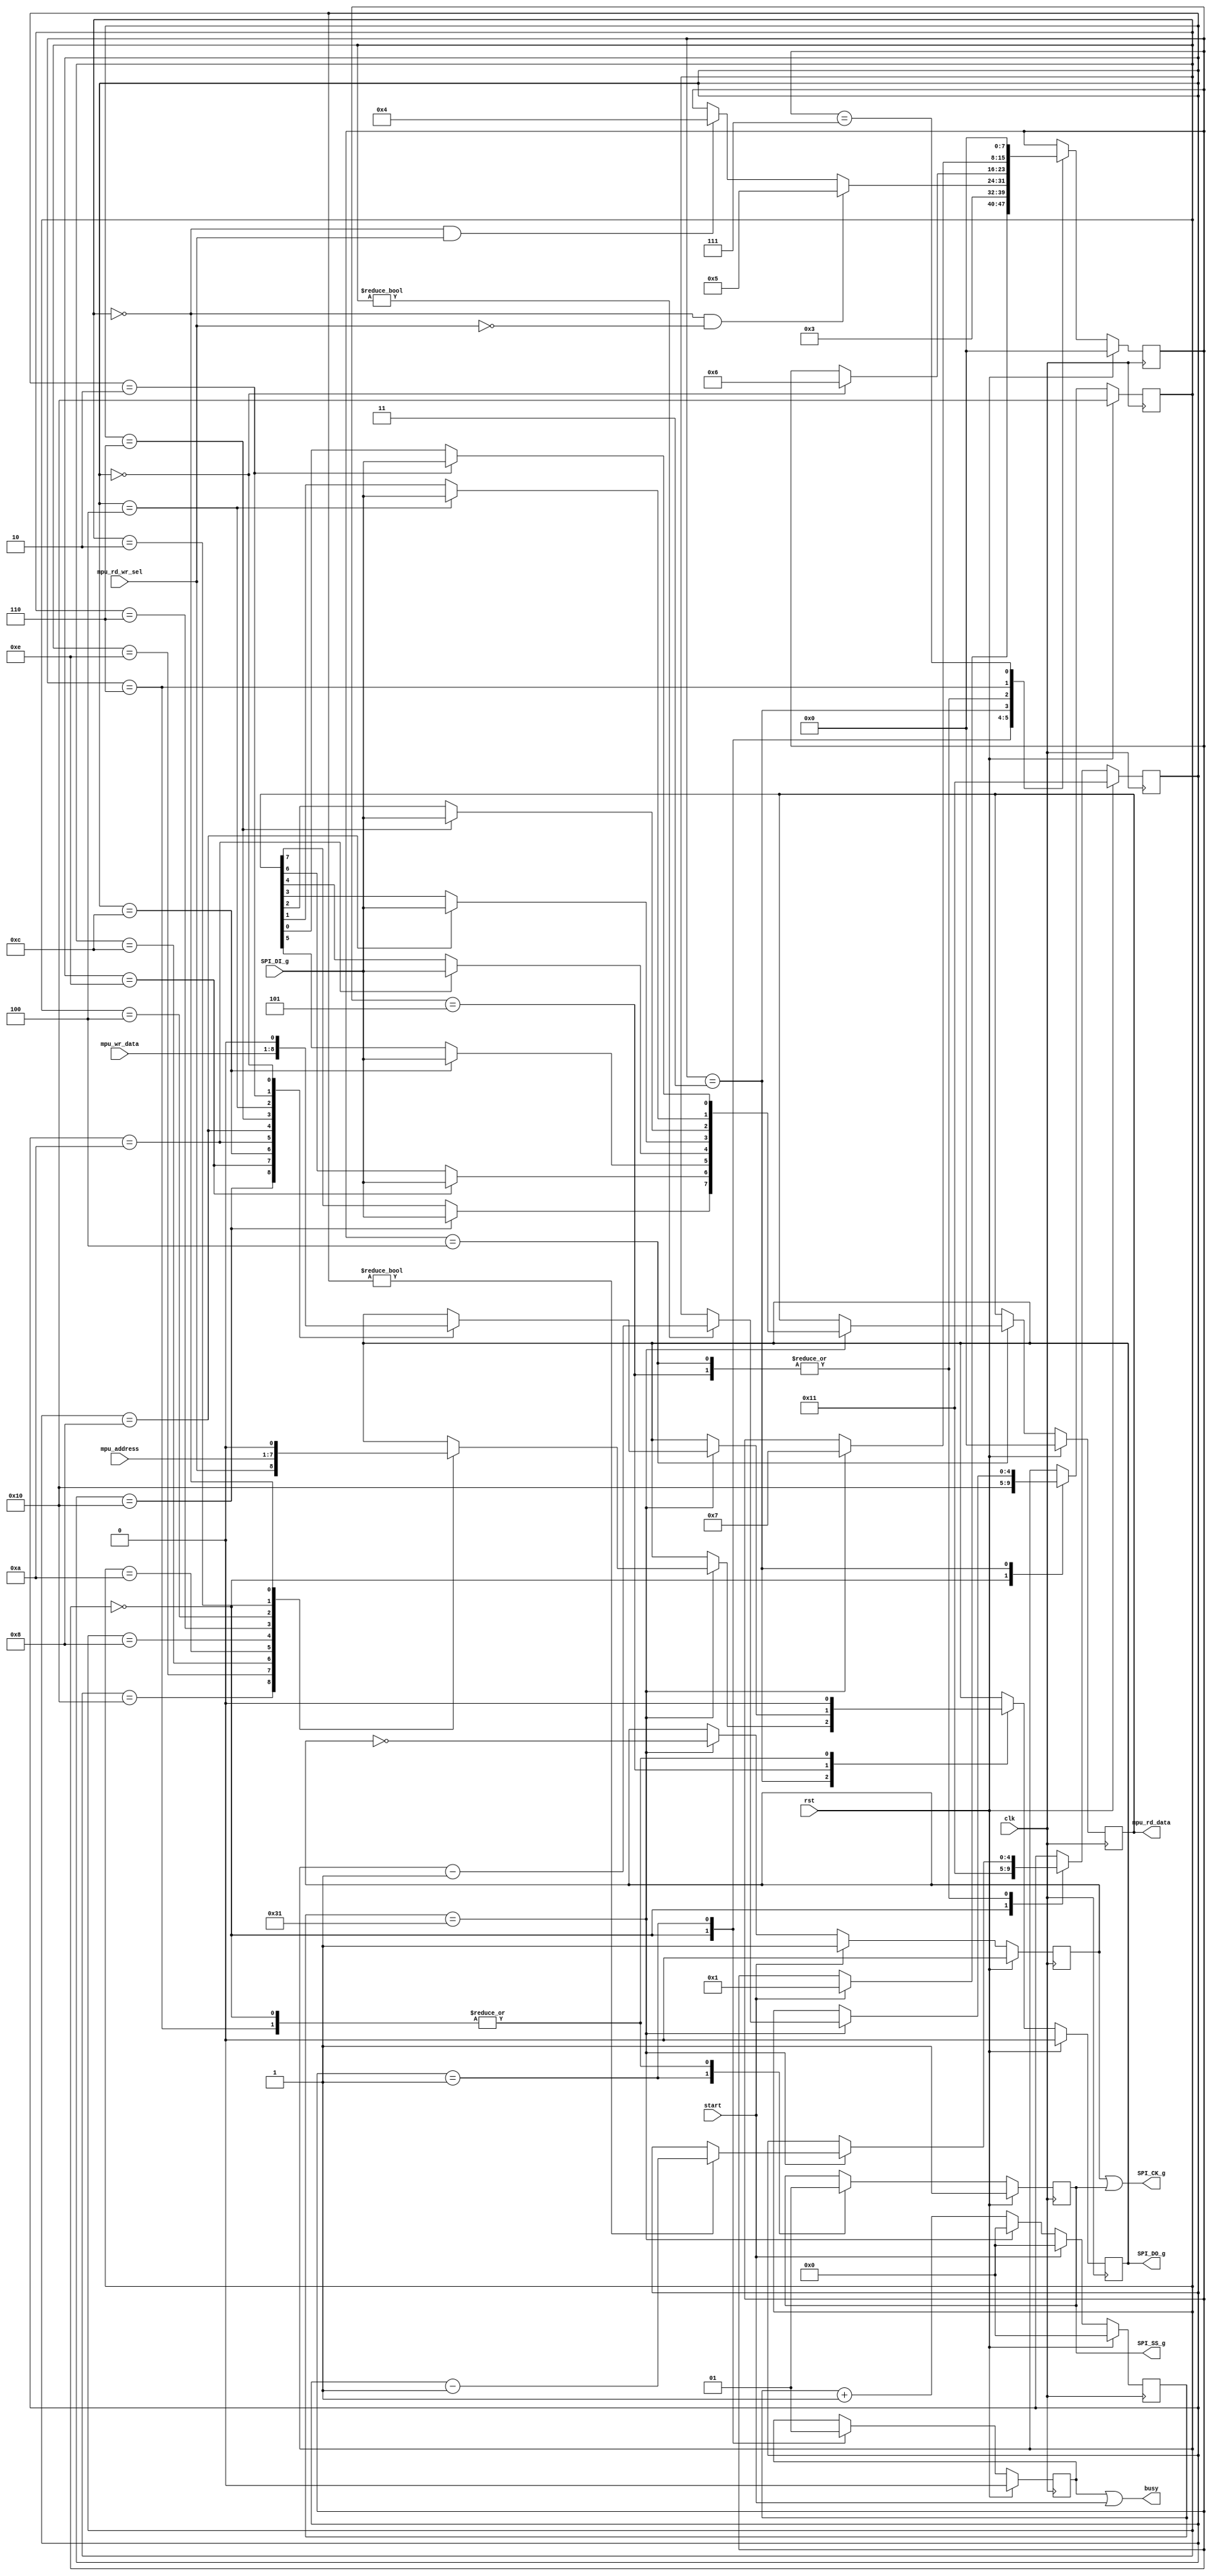
module SPI_interface( 
	input clk,
	input rst,
	input [6:0] mpu_address,		
	input [7:0] mpu_wr_data,		
	input mpu_rd_wr_sel,				
	input start,						
	output busy,					
	output SPI_SS_g,						
	output SPI_CK_g,						
	output SPI_DO_g,						
	input SPI_DI_g,						
	output [7:0] mpu_rd_data				
    );
	 reg [7:0] mpu_rd_data_buff; 		
	 reg [7:0] SPIstate;
	 reg [11:0] counter;		
	 reg MPUclk;				
	 reg  do_reg;				
	 reg  ss_reg;				
	 reg  ck_reg;				
	 reg busy_bf;				
	 reg [4:0] i;				
	 reg [4:0] j;				
parameter SPI_HALF_CLK = 50; 
parameter SPI_CLK = SPI_HALF_CLK*2;
wire halfCLKpassed = (counter == SPI_HALF_CLK-1);
always@(posedge clk)
begin
	if(rst)
	begin
		counter <= 0;
		MPUclk <= 0;
	end
	else
	begin
		if(start==1) begin
			counter <= 0;		
			MPUclk <= 1;			
		end
		else if(halfCLKpassed)begin			
			counter <= 0;		
			MPUclk <= ~MPUclk;
			end
		else begin
			counter <= counter + 1;
		end
	end
end
always @(posedge clk)
	begin
		if(rst)
		begin
			SPIstate = 0;
		end
		else
		begin		
			case(SPIstate)
				0:if(start == 1) SPIstate = 1;	
				1:SPIstate = 3;	
				3:begin
					if(i==0 && mpu_rd_wr_sel == 1)SPIstate = 4;				
					if(i==0 && mpu_rd_wr_sel == 0)SPIstate = 5;				
				end
				4:if(j==0)SPIstate = 6;				
				5:if(j==0)SPIstate = 6;
				6:if(halfCLKpassed)SPIstate = 7;				
				7:SPIstate = 0;			
			endcase
		end
	end
always @ (posedge clk)
begin 
	if(rst)
		begin
			do_reg = 0;
			ck_reg = 1;
			ss_reg = 1;
			busy_bf = 0;
			mpu_rd_data_buff = 0;
			i = 16;
			j = 17;
		end
	else
		case(SPIstate)
			0:begin					
				do_reg = 0;
				ss_reg = 1; 
				busy_bf = 0;
			   i = 16;
				j = 17;
			  end
			1:begin					
					busy_bf = 1;
					ss_reg = 0;
					end
			3:begin					
				if(halfCLKpassed)
				begin
					case (i)
						16:do_reg = mpu_rd_wr_sel;
						14:do_reg = mpu_address[6];
						12:do_reg = mpu_address[5];
						10:do_reg = mpu_address[4];
						8: do_reg = mpu_address[3];
						6: do_reg = mpu_address[2];
						4: do_reg = mpu_address[1];
						2: do_reg = mpu_address[0];
						0: do_reg = 0;
					endcase
					if(i!=0) i=i-1;
				end
			  end
			4:begin				
				if(halfCLKpassed)
				begin
					case (j)
						16:mpu_rd_data_buff[7] = SPI_DI_g;
						14:mpu_rd_data_buff[6] = SPI_DI_g;
						12:mpu_rd_data_buff[5] = SPI_DI_g;
						10:mpu_rd_data_buff[4] = SPI_DI_g;
						8:mpu_rd_data_buff[3] = SPI_DI_g;
						6:mpu_rd_data_buff[2] = SPI_DI_g;
						4:mpu_rd_data_buff[1] = SPI_DI_g;
						2:mpu_rd_data_buff[0] = SPI_DI_g;						
					endcase
					if(j!=0) j=j-1;
				end
			end	
			5:begin				
				if(halfCLKpassed)
				begin
					case (j)
						16:do_reg = mpu_wr_data[7]; 
						14:do_reg = mpu_wr_data[6]; 
						12:do_reg = mpu_wr_data[5]; 
						10:do_reg = mpu_wr_data[4]; 
						8:do_reg = mpu_wr_data[3]; 
						6:do_reg = mpu_wr_data[2]; 
						4:do_reg = mpu_wr_data[1]; 
						2:do_reg = mpu_wr_data[0]; 
						0:do_reg = 0;
					endcase
					if(j!=0) j=j-1;
				end
			end
			6:begin				
				ck_reg =1;
				do_reg =0;
				ss_reg = 1;
			  end
			7:begin		
			end
		endcase
end
assign SPI_DO_g = do_reg;
assign SPI_CK_g = MPUclk | ss_reg;
assign SPI_SS_g = ss_reg;
assign busy = busy_bf | start;
assign mpu_rd_data = mpu_rd_data_buff;
endmodule